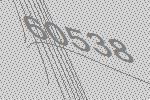
60538